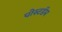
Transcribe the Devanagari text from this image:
पोस्टडॅम